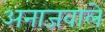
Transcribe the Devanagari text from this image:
अनाजवाले